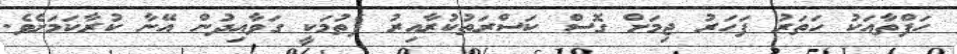
ހަފްތާއަކު ހަތަރު ފަހަރު ޖިމަށް ގޮސް ކަސްރަތުކުރާއިރު ފެތުމަކީ ގަވާއިދުން އޭނާ ކުރާކަމަށެވެ.